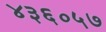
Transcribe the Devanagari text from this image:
४३६०५७